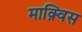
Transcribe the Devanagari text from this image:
माक़्विस